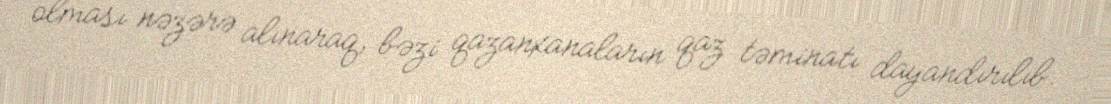
olması nəzərə alınaraq, bəzi qazanxanaların qaz təminatı dayandırılıb.